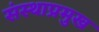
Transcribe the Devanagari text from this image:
संस्थाप्रमुख